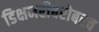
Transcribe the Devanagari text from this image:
डिक्षनरीबरोबरच